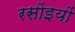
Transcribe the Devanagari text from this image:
रसोंइयों